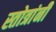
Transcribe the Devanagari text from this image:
स्तोत्रांनी